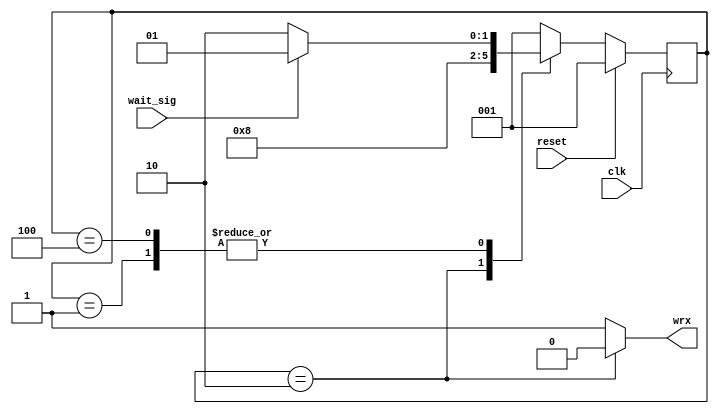
module altera_up_avalon_video_lt24_write_sequencer (clk, reset, wait_sig, wrx);
/*****************************************************************************
 *                             Port Declarations                             *
 *****************************************************************************/
// Inputs
input clk;
input reset;
input wait_sig;

// Outputs
output wrx;

/*****************************************************************************
 *                           Constant Declarations                           *
 *****************************************************************************/
// States
localparam	WAIT	= 3'b0001,
				SETUP = 3'b0010,
				LATCH = 3'b0100;

/*****************************************************************************
 *                 Internal Wires and Registers Declarations                 *
 *****************************************************************************/
// State Machine Registers
reg	[2:0] ns_mode;
reg	[2:0] s_mode;

/*****************************************************************************
 *                         Finite State Machine(s)                           *
 *****************************************************************************/
always @(posedge clk) // sync reset
begin
	if (reset == 1'b1)
		s_mode <= WAIT;
	else
		s_mode <= ns_mode;
end

always @(*)
begin
	case (s_mode)
		WAIT:
		begin
			if (wait_sig == 1'b1)
				ns_mode <= WAIT;
			else
				ns_mode <= SETUP;
		end
		SETUP:
		begin
			ns_mode <= LATCH;
		end
		LATCH:
		begin
			if (wait_sig == 1'b1)
				ns_mode <= WAIT;
			else
				ns_mode <= SETUP;
		end
		default:
		begin
			ns_mode <= WAIT;
		end
	endcase
end

/*****************************************************************************
 *                            Combinational Logic                            *
 *****************************************************************************/
// Output Assignments
assign wrx = (s_mode == SETUP) ? 1'b0 : 1'b1;

endmodule